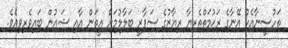
ތަހުސީނާއެކު އޭނާގެ ރަޙުމަތްތެރިޔާ ރިޔާޒުގެ ސަފާރީ ބަލާލުމަށް އީތަން އާއި ޝައުން ބައިވެރިވިއެވެ.